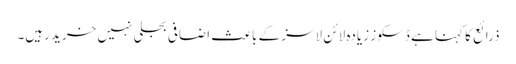
ذرائع کا کہنا ہے ڈسکوز زیادہ لائن لاسز کے باعث اضافی بجلی نہیں خرید رہیں۔